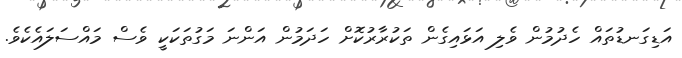
އަޑިގަނޑުތައް ހެދުމުން ވެލި އަޅައިގެން ތަކުރާރުކޮށް ހަދަމުން އަންނަ މަގުތަކަކީ ވެސް މައްސަލައެކެވެ.